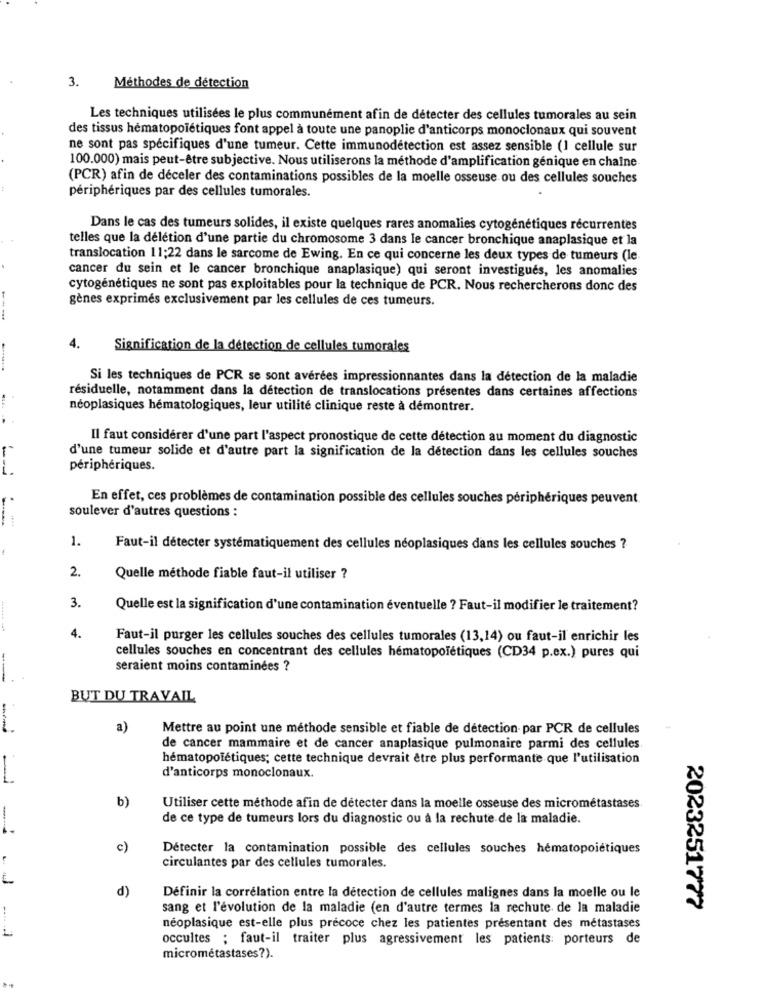
3.
Méthodes de détection
Les techniques utilisées le plus communément afin de détecter des cellules tumorales au sein
des tissus hématopoiétiques font appel à toute une panoplie d'anticorps monoclonaux qui souvent
ne sont pas spécifiques d'une tumeur. Cette immunodétection est assez sensible (1 cellule sur
100.000) mais peut-être subjective. Nous utiliserons la méthode d'amplification génique en chaîne
(PCR) afin de déceler des contaminations possibles de la moelle osseuse ou des cellules souches
périphériques par des cellules tumorales.
Dans le cas des tumeurs solides, il existe quelques rares anomalies cytogénétiques récurrentes
telles que la délétion d'une partie du chromosome 3 dans le cancer bronchique anaplasique et la
translocation 11;22 dans le sarcome de Ewing. En ce qui concerne les deux types de tumeurs (le
cancer du sein et le cancer bronchique anaplasique) qui seront investigues, les anomalies
cytogénétiques ne sont pas exploitables pour la technique de PCR. Nous rechercherons donc des
gènes exprimés exclusivement par les cellules de ces tumeurs.
4.
Signification de la détection de cellules tumorales
Si les techniques de PCR se sont avérées impressionnantes dans la détection de la maladie
résiduelle, notamment dans la détection de translocations présentes dans certaines affections
neoplasiques hématologiques, leur utilité clinique reste à démontrer.
Il faut considérer d'une part l'aspect pronostique de cette détection au moment du diagnostic
d'une tumeur solide et d'autre part la signification de la détection dans les cellules souches
périphériques.
En effet, ces problèmes de contamination possible des cellules souches périphériques peuvent
soulever d'autres questions :
1.
Faut-il détecter systématiquement des cellules néoplasiques dans les cellules souches ?
2.
Quelle méthode fiable faut-il utiliser ?
3.
Quelle est la signification d'une contamination éventuelle ? Faut-il modifier le traitement?
4.
Faut-il purger les cellules souches des cellules tumorales (13,14) ou faut-il enrichir les
cellules souches en concentrant des cellules hématopolétiques (CD34 p.ex.) pures qui
seraient moins contaminées ?
---
BUT DU TRAVAIL
a)
Mettre au point une méthode sensible et fiable de détection par PCR de cellules
de cancer mammaire et de cancer anaplasique pulmonaire parmi des cellules
hématopolétiques; cette technique devrait être plus performante que l'utilisation
d'anticorps monoclonaux.
b)
Utiliser cette méthode afin de détecter dans la moelle osseuse des micrométastases
de ce type de tumeurs lors du diagnostic ou à la rechute de la maladie.
c)
Détecter la contamination possible des cellules souches hématopoiétiques
.
circulantes par des cellules tumorales.
L
d)
Définir la corrélation entre la détection de cellules malignes dans la moelle ou le
sang et l'évolution de la maladie (en d'autre termes la rechute de la maladie
2023251777
néoplasique est-elle plus précoce chez les patientes présentant des métastases
occultes ; faut-il traiter plus agressivement les patients: porteurs de
micrométastases?).